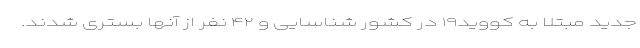
جدید مبتلا به کووید۱۹ در کشور شناسایی و ۴۲ نفر از آنها بستری شدند.